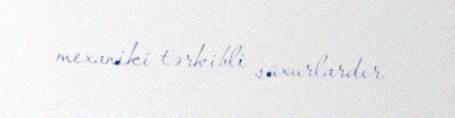
mexaniki tərkibli süxurlardır.